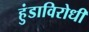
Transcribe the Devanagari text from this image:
हुंडाविरोधी